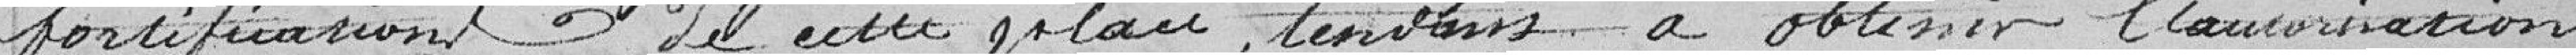
fortifications de cette place tendant à obtenir l'autorisation